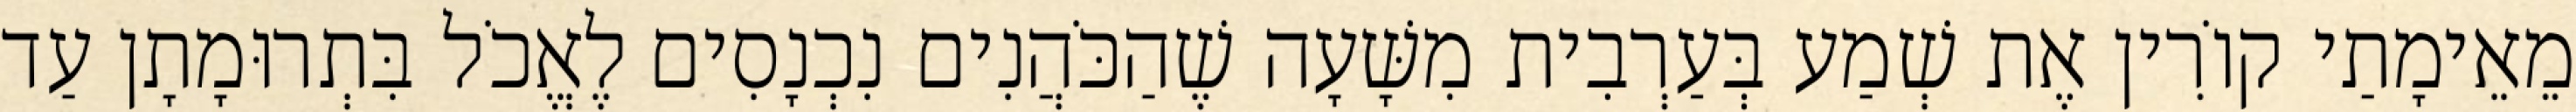
מֵאֵימָתַי קוֹרִין אֶת שְׁמַע בְּעַרְבִית מִשָּׁעָה שֶׁהַכֹּהֲנִים נִכְנָסִים לֶאֱכֹל בִּתְרוּמָתָן עַד